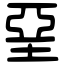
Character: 堊